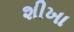
શીખા